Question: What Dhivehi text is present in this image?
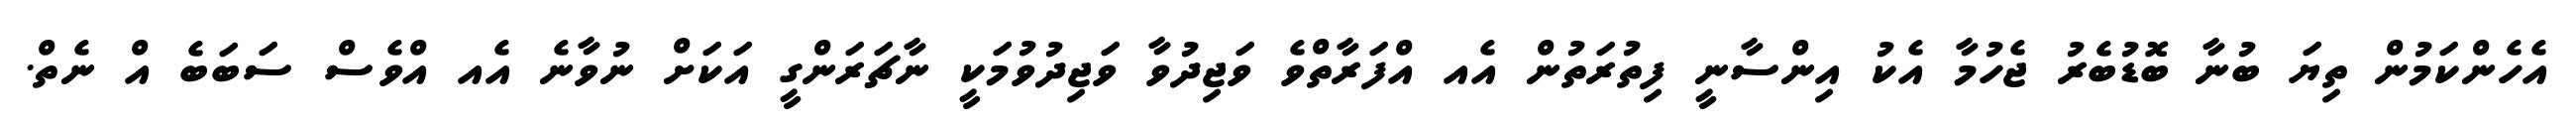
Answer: އެހެންކަމުން ތިޔަ ބުނާ ބޮޑުބެރު ޖެހުމާ އެކު އިންސާނީ ފިތުރަތުން އެއ އްފަރާތްވެ ވަޖިދުވާ ވަޖިދުވުމަކީ ނާޗަރަންގީ އަކަށް ނުވާނެ އެއ އްވެސް ސަބަބެ އް ނެތް.